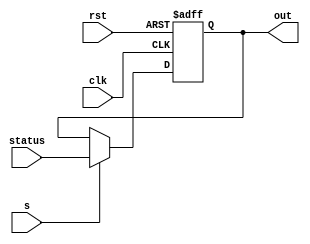
module status_reg (
    input clk,
    input rst,
    input s,
    input [3:0] status,
    output reg [3:0] out
);

always @(negedge clk, posedge rst) begin
    if (rst) out <= 4'b0000;
    else if (s) out <= status;
end


endmodule